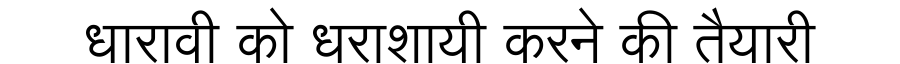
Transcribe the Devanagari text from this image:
धारावी को धराशायी करने की तैयारी